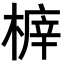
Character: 𣖸